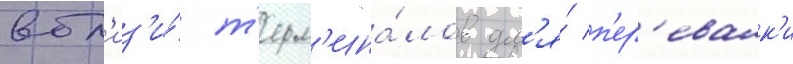
вбл'из'и́ т'ерм'ина́лов дл'я́ п'ер'евалк'и